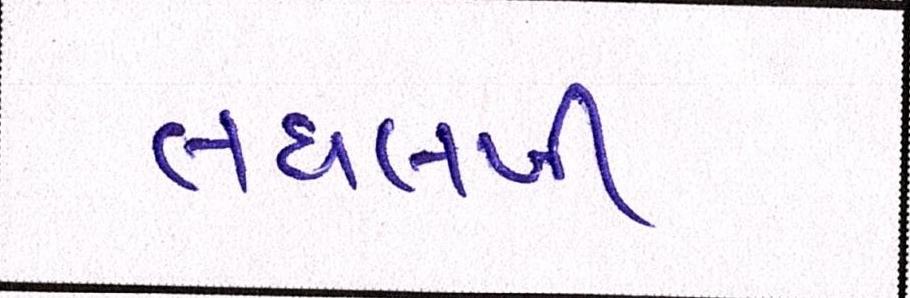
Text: તઘલખી